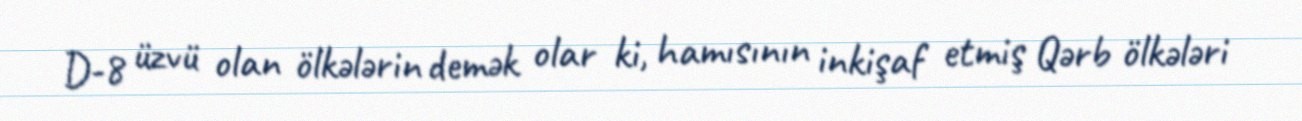
D-8 üzvü olan ölkələrin demək olar ki, hamısının inkişaf etmiş Qərb ölkələri